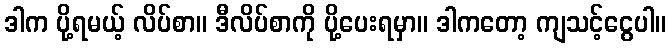
ဒါက ပို့ရမယ့် လိပ်စာ။ ဒီလိပ်စာကို ပို့ပေးရမှာ။ ဒါကတော့ ကျသင့်ငွေပါ။